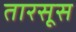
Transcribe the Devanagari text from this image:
तारसूस